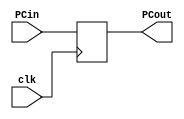
`timescale 1ns / 1ps
//////////////////////////////////////////////////////////////////////////////////
// Company: 
// Engineer: 
// 
// Design Name: 
// Module Name: PC
// Project Name: 
// Target Devices: 
// Tool Versions: 
// Description: 
// 
// Dependencies: 
// 
// Revision:
// Revision 0.01 - File Created
// Additional Comments:
// 
//////////////////////////////////////////////////////////////////////////////////


module PC(clk,PCin,PCout);
input clk;
input [31:0]PCin;
output reg [31:0]PCout;
initial begin
PCout = 0;
end
always@(posedge clk) begin
PCout <= PCin;
end
endmodule